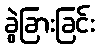
ခွဲခြားခြင်း